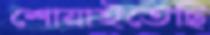
শোয়াইতেছি